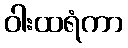
ဝါးထရံကာ